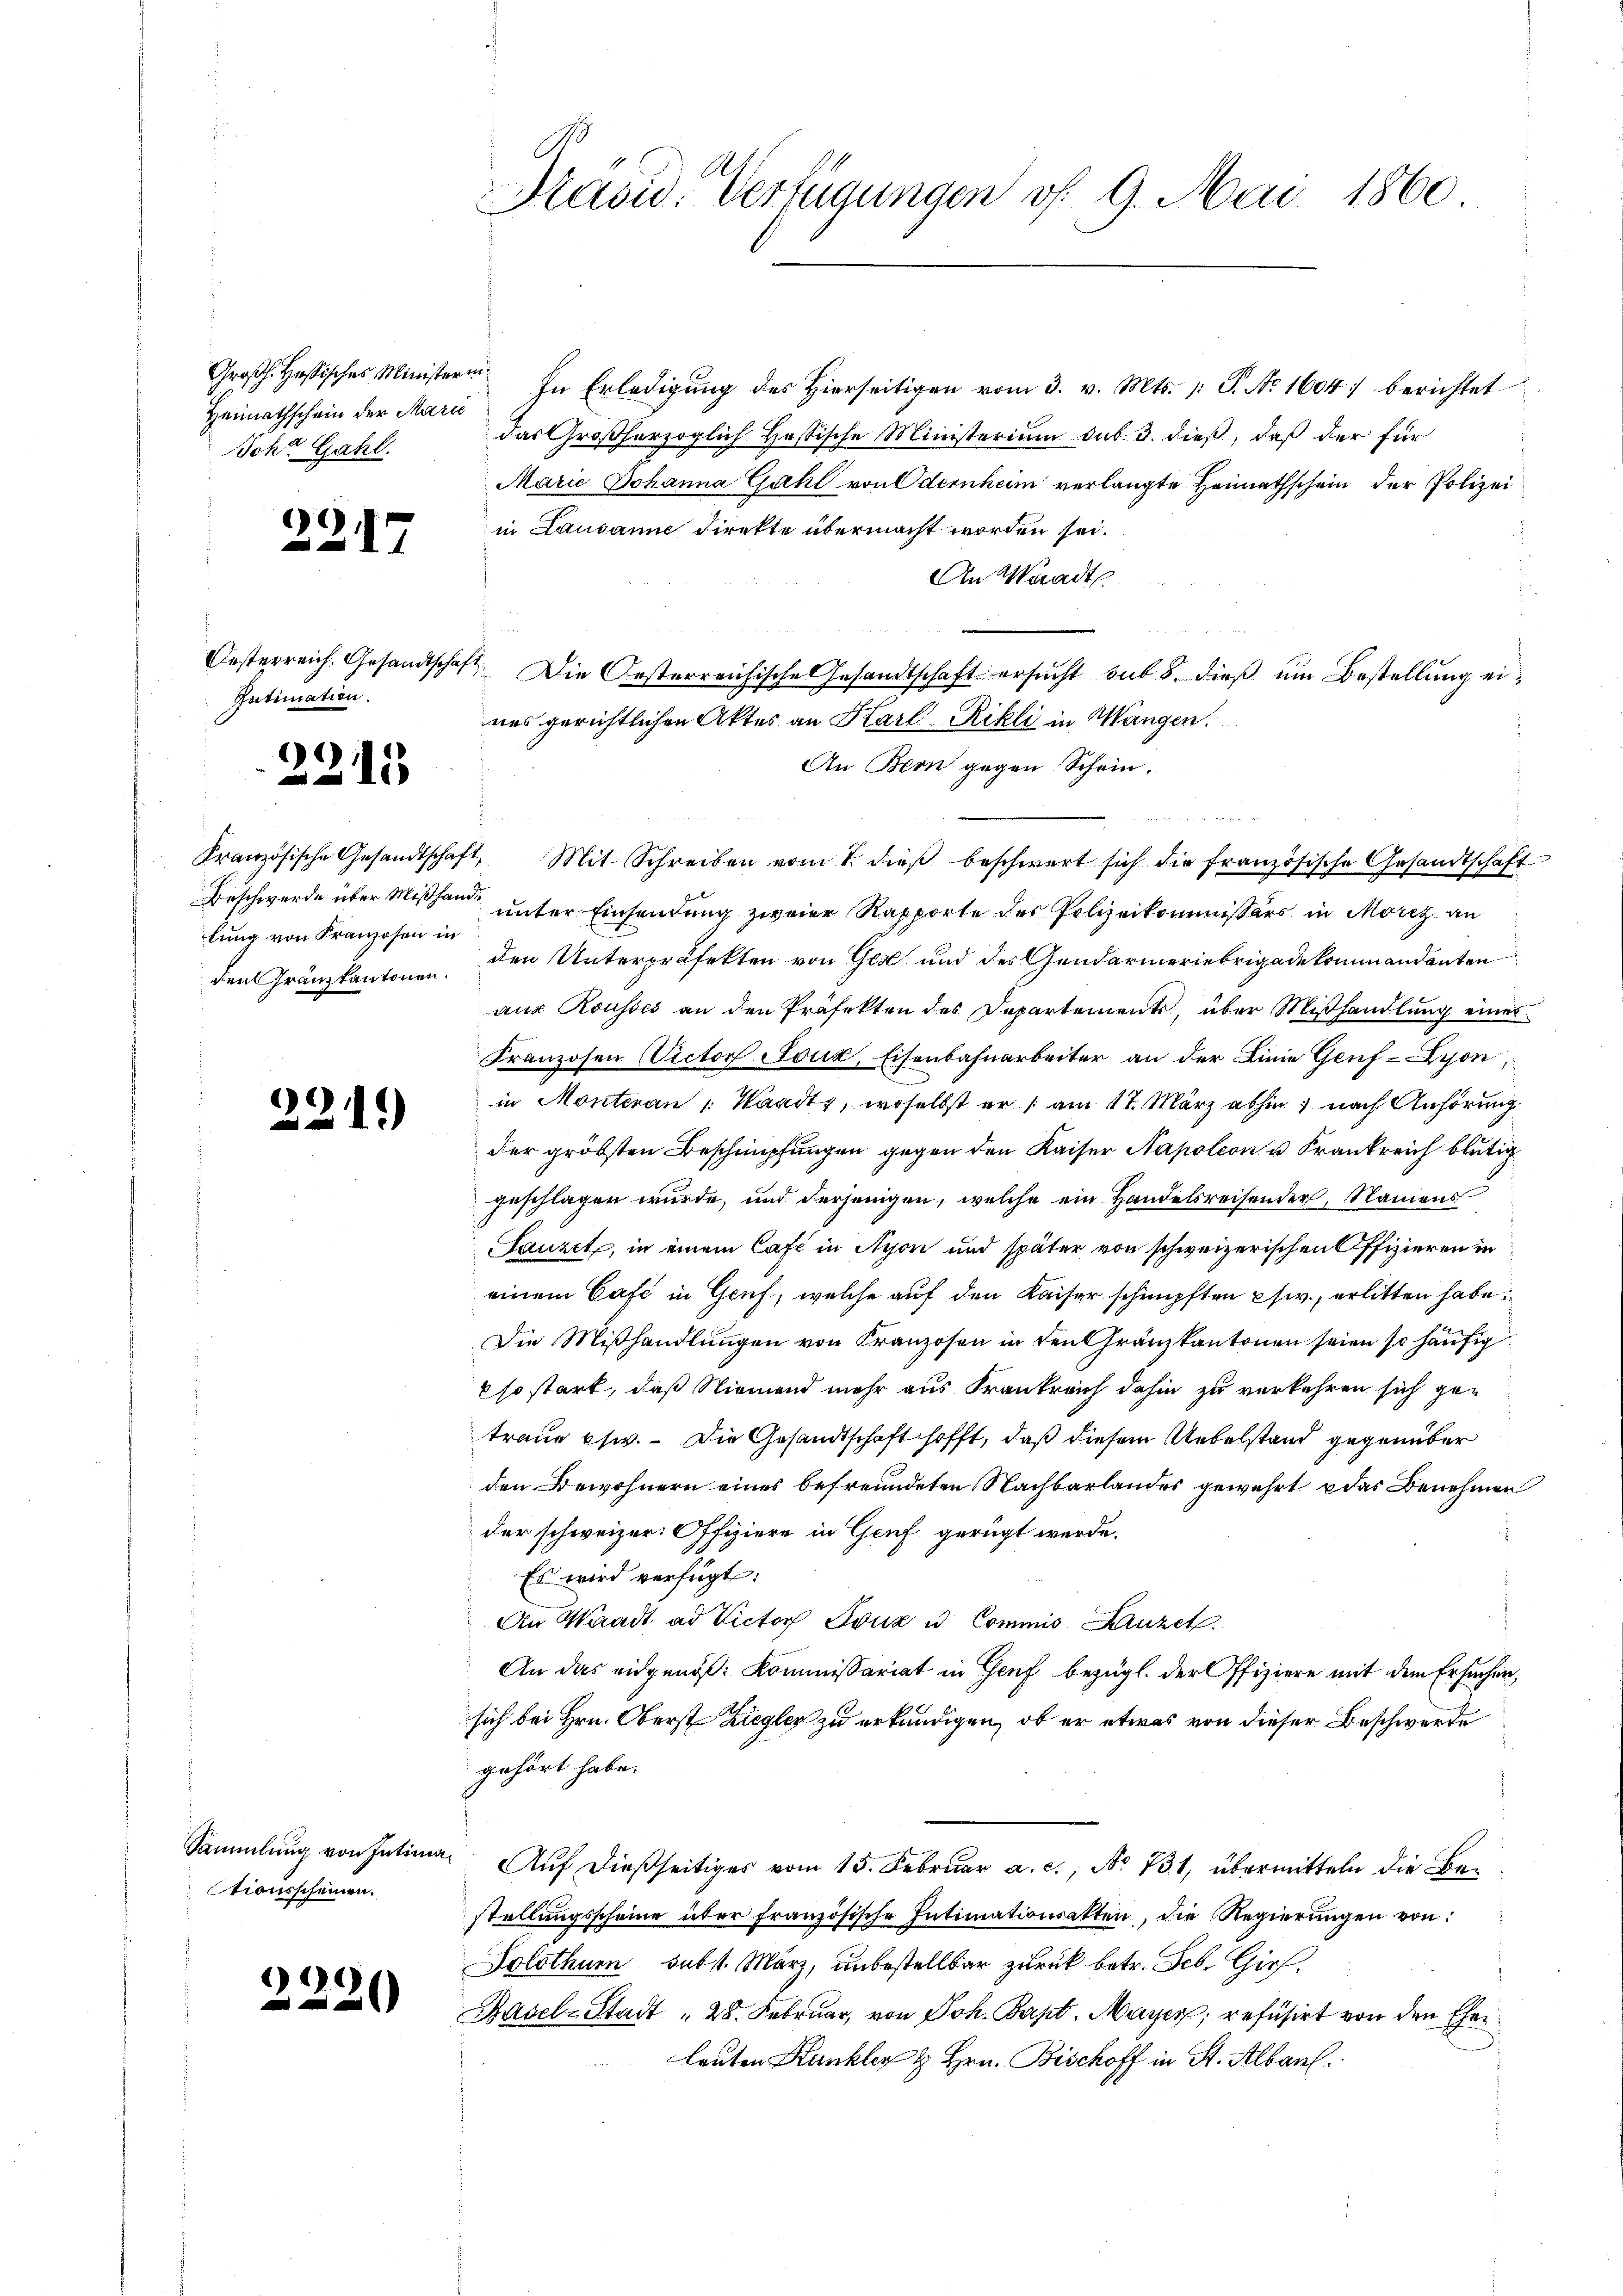
Großh. Hassisches Ministerin
Heimathschein der Marie
Johe Gahl.

2217

2215

lung von Franzosen in

2.

22

Intimation.

1.)

tionsscheinen.

)

Präsid. Verfügungen v. 9. Mai 1860

In Erledigung des Hierseitigen vom 3. v. Mts. /: J. No 1604 berichtet
das Großherzoglich Heßische Ministerium sub. 3. dieß, daß der für
Marie Johanna Guhl von dernheim verlangte Heimathschein der Polizeiin Lausanne direkte übermacht worden sei.
An Waadt
¬
Oesterreich. Gesandtschaft. Die Oesterreichisches Gesandtschaft ersucht sub 8. dieß um Bestellung eires gerichtlichen Aktes an Karl Rikli in Mangen.
An Bern gegen Schein.

Französische Gesandtschaft, Mit Schreiben vom 7. dieβ beschwert sich die französische Gesandtschaft
Beschwerde über Mißhand unter Einsendung zweier Rapporte des Polizeikommissärs in Moriz an
den Gränzkantonen. Den Unterpräfekten von Ges und des Gendarmeriebrigadekommandanten
aus Rousses an den Präfekten des Departements, über Mißhandlung eines
Franzosen Victor Joux, Eisenbahnarbeiter an der Linie Genf Lyon
in Montevan Waadt, woselbst er am 17. März abhin nach Anhörung
der gröbsten Beschnüpfungen gegen den Kaiser Napoleon u Frankreich blutig
geschlagen wurde, und derjenigen, welche ein Handelsreisender, Namens
Sauzet, in einem Café in Nyon und später von schweizerischen Offizieren in
einem Café in Genf, welche auf den Kaiser schnüpften psw., erlitten habe:
Die Miβhandlŭngen von Franzosen in den Gränzkantonen seien so häufig
so stark, daß Niemand mehr aus Frankreich dahin zu verkehren sich getraue usw. Die Gesandtschaft hofft, daß diesem Uebelstand gegenüber
den Bewohnern eines befreundeten Nachbarlandes gewehrt u das Benehmen
der schweizer. Offiziere in Genf gerügt werde.
Es wird verfügt:
An Waadt ad Victor Fruz u. Commis Luze
An das eidgenöß: Kommissariat in Genf bezügl. der Offiziere mit dem Ersuchen,
sich bei Hrn. Oberst Ziegler zu erkundigen, ob er etwas von dieser Beschwerde
gehört habe.
Sammlung von Intima. Auf dießseitiges vom 15. Februar a. c., No 731, übermitteln die Be-
stellŭngsscheine über französische Intimationsakten, die Regierŭngen von:
Solothur subst. März, unbestellbar zurück betr. Feb. Gies¬
Basel-Stadt " 28. Februar, von Joh. Bapt. Mayer, refusirt von den Eher
lauten Kunkler & Hrn. Bischoff in St. Albank.